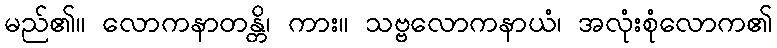
မည်၏။ လောကနာတန္တိ၊ ကား။ သဗ္ဗလောကနာယံ၊ အလုံးစုံလောက၏